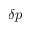
\delta p